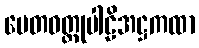
ပေတဝတ္ထုပါဠိအဋ္ဌကထာ